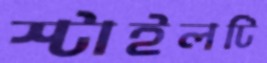
স্টাইলটি